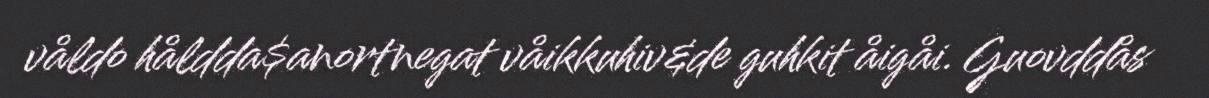
våldo håldda$anortnegat våikkuhiv&de guhkit åigåi. Guovddås